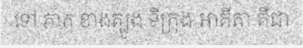
ទៅ ភាគ ខាងត្បូង ទីក្រុង អាគីតា គឺជា